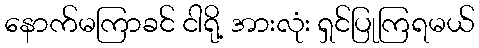
နောက်မကြာခင် ငါရို့ အားလုံး ရှင်ပြုကြရမယ်